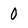
Character: 0